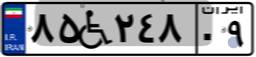
۰۵W۶۵۴۹۷